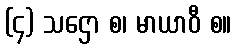
(၄) သဌော စ၊ မာယာဝီ စ။